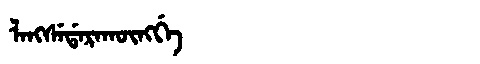
Manchu: ᠯᠠᠩᠰᡝᡩᠠᡵᠠᡴᡡᠩᡤᡝ
Romanization: LANGSEDARAKŪNGGE